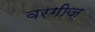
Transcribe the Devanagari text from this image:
वरगीज़